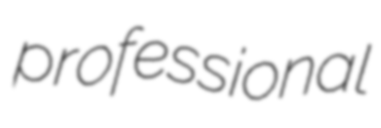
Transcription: professional